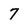
Character: 7